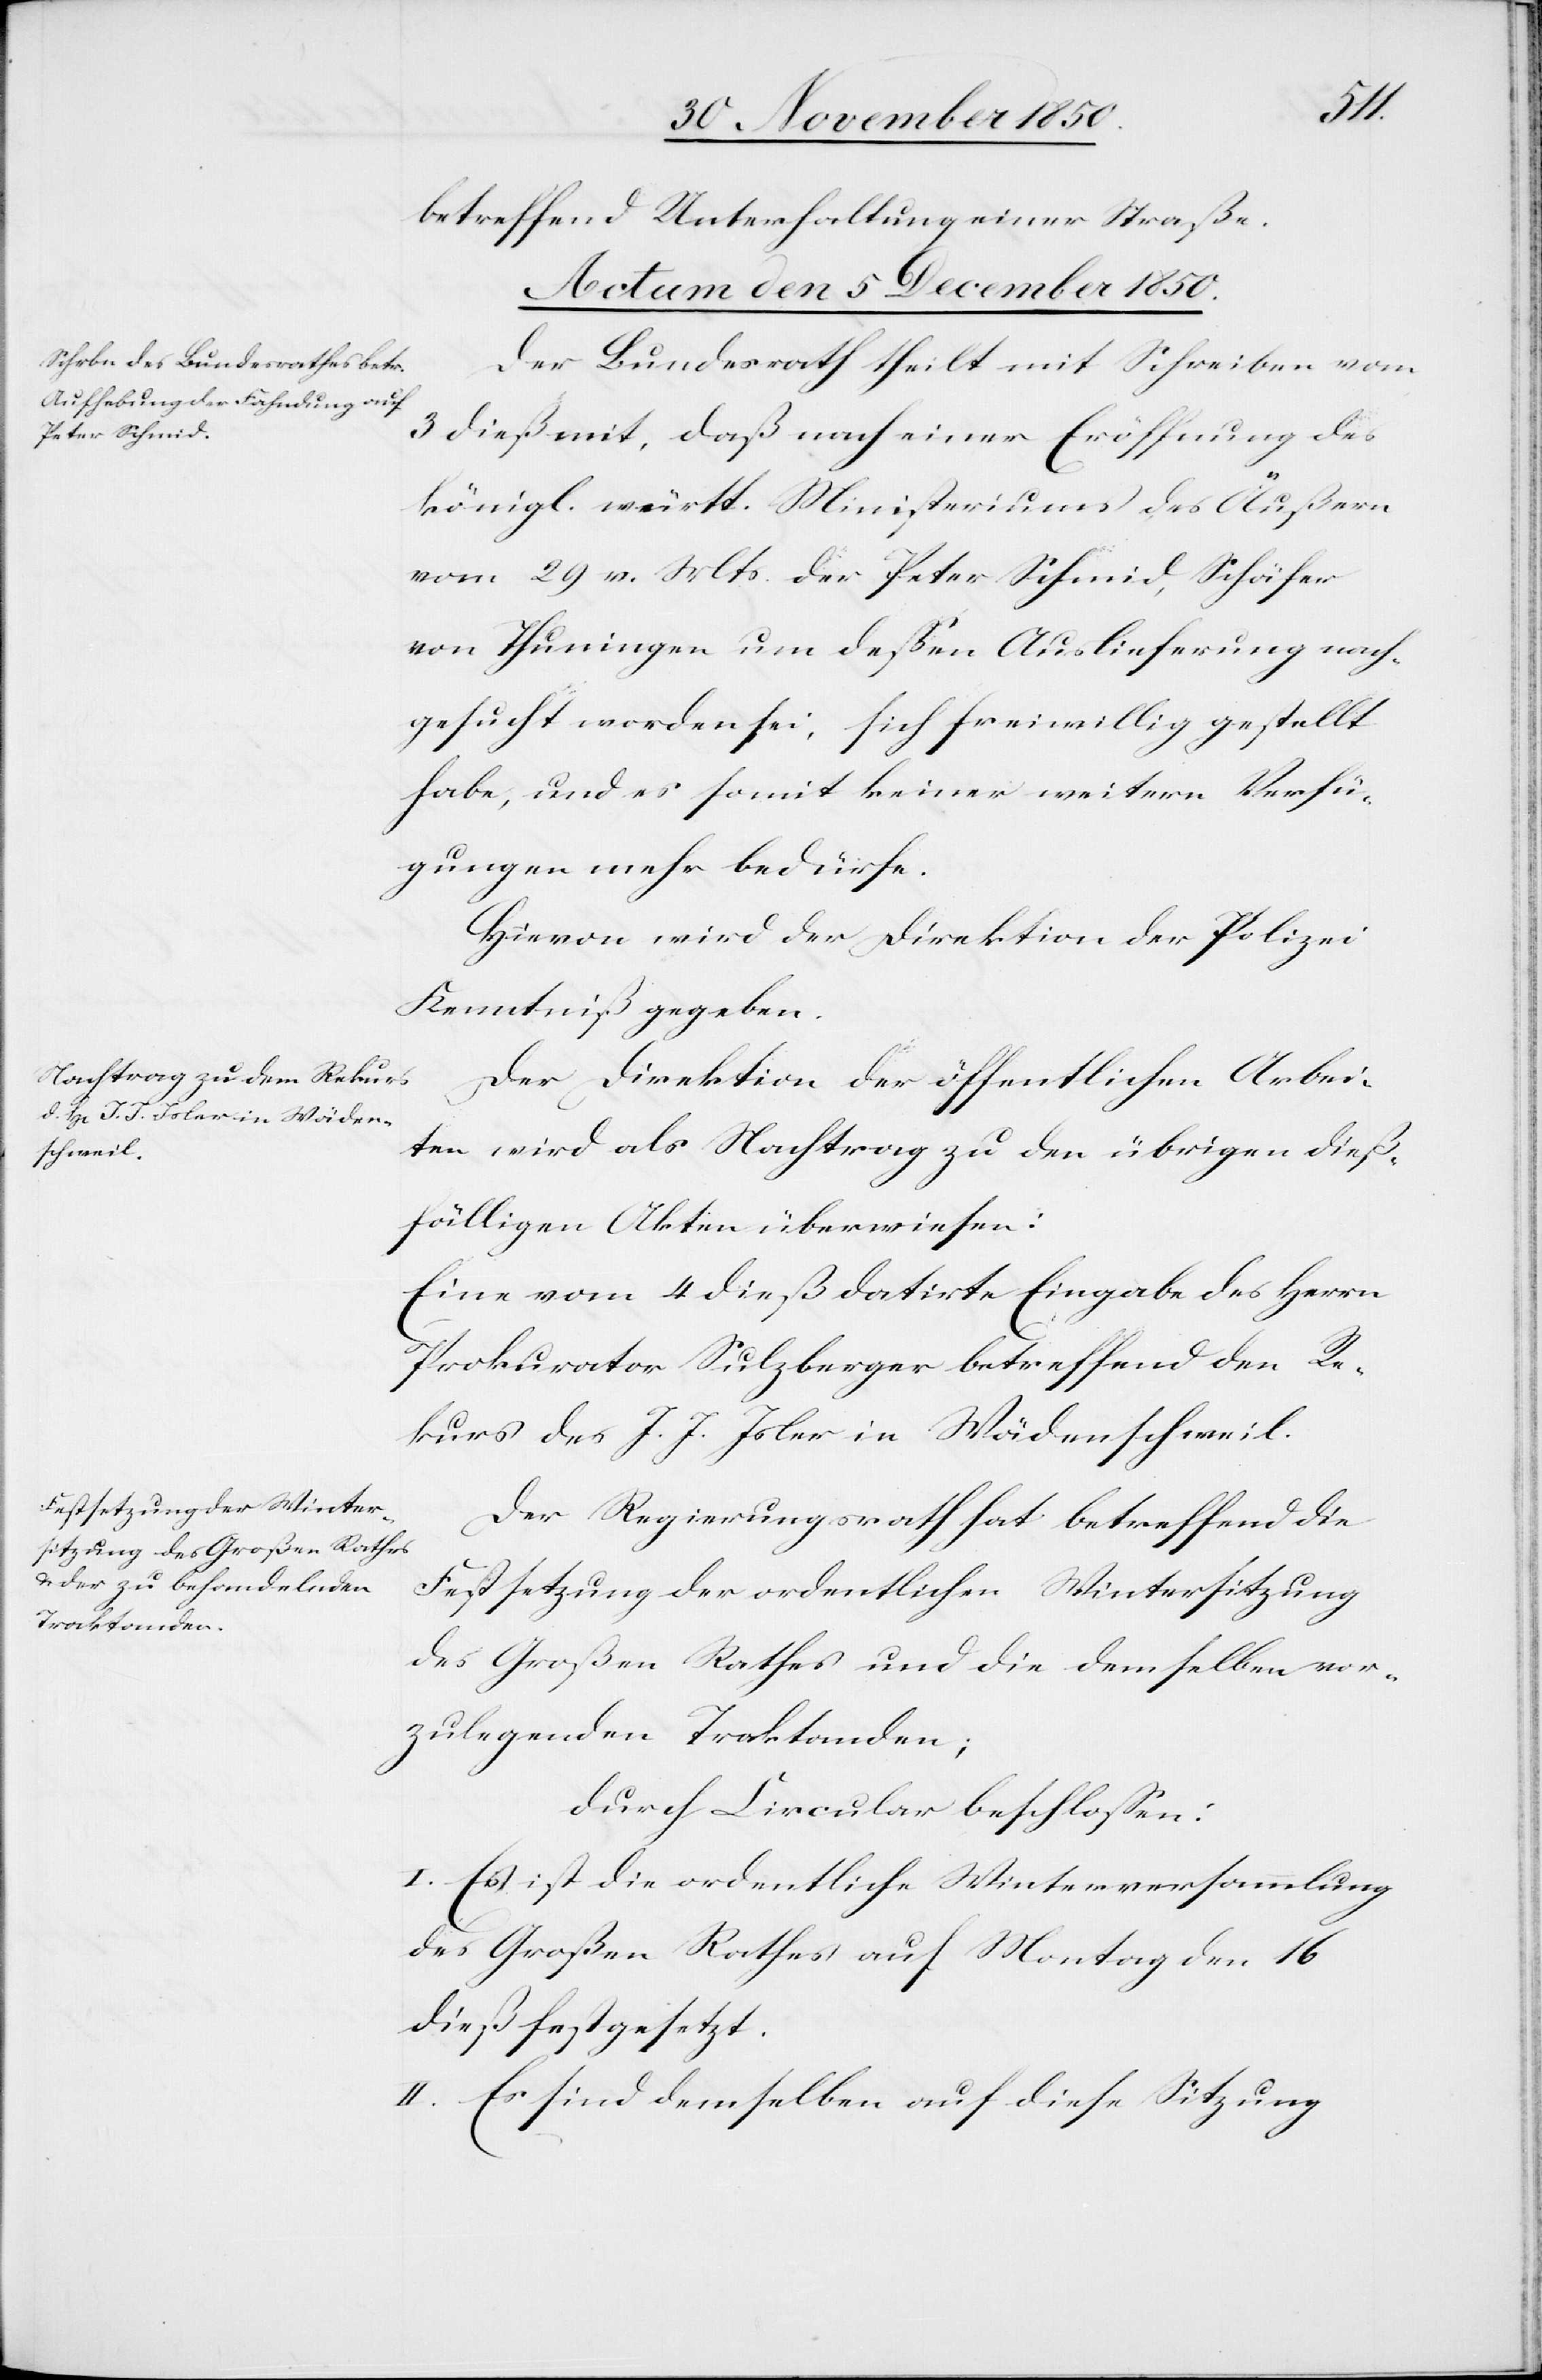
betreffend Unterhaltung einer Straße.
Actum den 5 December 1850.]
Der Bundesrath theilt mit Schreiben vom
3 dieß mit, daß nach einer Eröffnung des
königl. württ. Ministeriums des Äußern
vom 29 v. Mts. der Peter Schmid, Schäfer
von Thuningen um deßen Auslieferung nach¬
gesucht worden sei, sich freiwillig gestellt
habe, und es somit keiner weitern Verfü¬
gungen mehr bedürfe.
Hievon wird der Direktion der Polizei
Kenntniß gegeben.
Der Direktion der öffentlichen Arbei¬
ten wird als Nachtrag zu den übrigen dieß¬
fälligen Akten überwiesen:
Eine vom 4 dieß datirte Eingabe des Herrn
Prokurator Sulzberger betreffend den Re¬
kurs des J. J. Isler in Wädenscheil.
Der Regierungsrath hat betreffend die
Festsetzung der ordentlichen Wintersitzung
des Großen Rathes und die demselben vor¬
zulegenden Traktanden;
durch Circular beschlossen:
I. Es ist die ordentliche Winterversammlung
des Großen Rathes auf Montag den 16
dieß festgesetzt.
II. Es sind demselben auf diese Sitzung